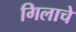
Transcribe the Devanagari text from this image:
गिलाचे